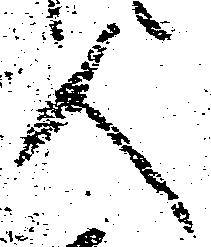
人